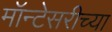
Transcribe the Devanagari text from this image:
मॉन्टेसरीच्या